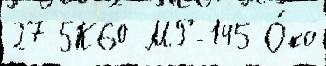
27 5К60 МР-145 О́ко